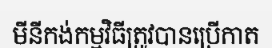
មីនីកង់កម្មវិធីត្រូវបានប្រើកាត